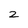
Character: 2